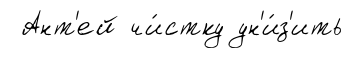
Ант'ей чи́стку ун'и́з'ить